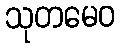
သုတမေဝ